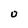
Character: 0